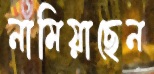
নামিয়াছেন